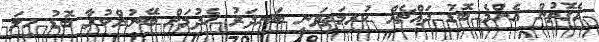
އެގޮތުން އެންމެ ބޮޑު ދައްޗެއް ކުރިމަތިވަނީ ބަނދަރު ހެދުމަށް ބޭނުންކުރާ ބޮޑު ހިލަ